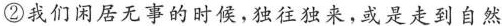
②我们闲居无事的时候，独往独来，或是走到自然